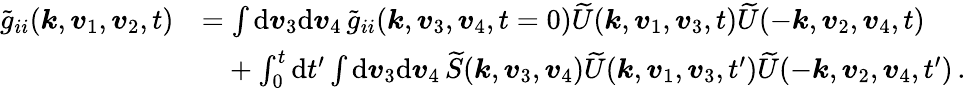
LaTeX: \begin{array}{rl}{\widetilde{g}_{ii}(\boldsymbol{k},\boldsymbol{v}_{1},\boldsymbol{v}_{2},t)}&{=\int\mathrm{d}\boldsymbol{v}_{3}\mathrm{d}\boldsymbol{v}_{4}\, \widetilde{g}_{ii}(\boldsymbol{k},\boldsymbol{v}_{3},\boldsymbol{v}_{4},t=0)\widetilde{U}(\boldsymbol{k},\boldsymbol{v}_{1},\boldsymbol{v}_{3},t)\widetilde{U}(-\boldsymbol{k},\boldsymbol{v}_{2},\boldsymbol{v}_{4},t)}\\ &{\phantom{=}+\int_{0}^{t}\mathrm{d}t^{\prime}\int\mathrm{d}\boldsymbol{v}_{3}\mathrm{d}\boldsymbol{v}_{4}\, \widetilde{S}(\boldsymbol{k},\boldsymbol{v}_{3},\boldsymbol{v}_{4})\widetilde{U}(\boldsymbol{k},\boldsymbol{v}_{1},\boldsymbol{v}_{3},t^{\prime})\widetilde{U}(-\boldsymbol{k},\boldsymbol{v}_{2},\boldsymbol{v}_{4},t^{\prime})\, .}\end{array}